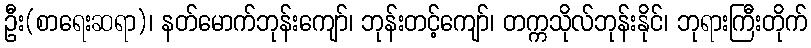
ဦး(စာရေးဆရာ)၊ နတ်မောက်ဘုန်းကျော်၊ ဘုန်းတင့်ကျော်၊ တက္ကသိုလ်ဘုန်းနိုင်၊ ဘုရားကြီးတိုက်